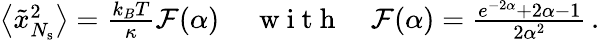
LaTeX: \begin{array}{r}{\left\langle\tilde{x}_{N_{\mathrm{s}}}^{2}\right\rangle=\frac{k_{B}T}{\kappa}\mathcal{F}(\alpha)\, \quad\mathrm{~w~i~t~h~}\quad\mathcal{F}(\alpha)=\frac{e^{-2\alpha}+2\alpha-1}{2\alpha^{2}}\, .}\end{array}